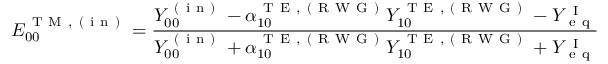
E _ { 0 0 } ^ { \mathrm { ~ T ~ M ~ , ~ ( ~ i ~ n ~ ) ~ } } = \frac { Y _ { 0 0 } ^ { \mathrm { ~ ( ~ i ~ n ~ ) ~ } } - \alpha _ { 1 0 } ^ { \mathrm { ~ T ~ E ~ , ~ ( ~ R ~ W ~ G ~ ) ~ } } Y _ { 1 0 } ^ { \mathrm { ~ T ~ E ~ } , \mathrm { ~ ( ~ R ~ W ~ G ~ ) ~ } } - Y _ { \mathrm { ~ e ~ q ~ } } ^ { \mathrm { ~ I ~ } } } { Y _ { 0 0 } ^ { \mathrm { ~ ( ~ i ~ n ~ ) ~ } } + \alpha _ { 1 0 } ^ { \mathrm { ~ T ~ E ~ , ~ ( ~ R ~ W ~ G ~ ) ~ } } Y _ { 1 0 } ^ { \mathrm { ~ T ~ E ~ } , \mathrm { ~ ( ~ R ~ W ~ G ~ ) ~ } } + Y _ { \mathrm { ~ e ~ q ~ } } ^ { \mathrm { ~ I ~ } } }